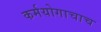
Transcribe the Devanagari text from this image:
कर्मयोगाचाच